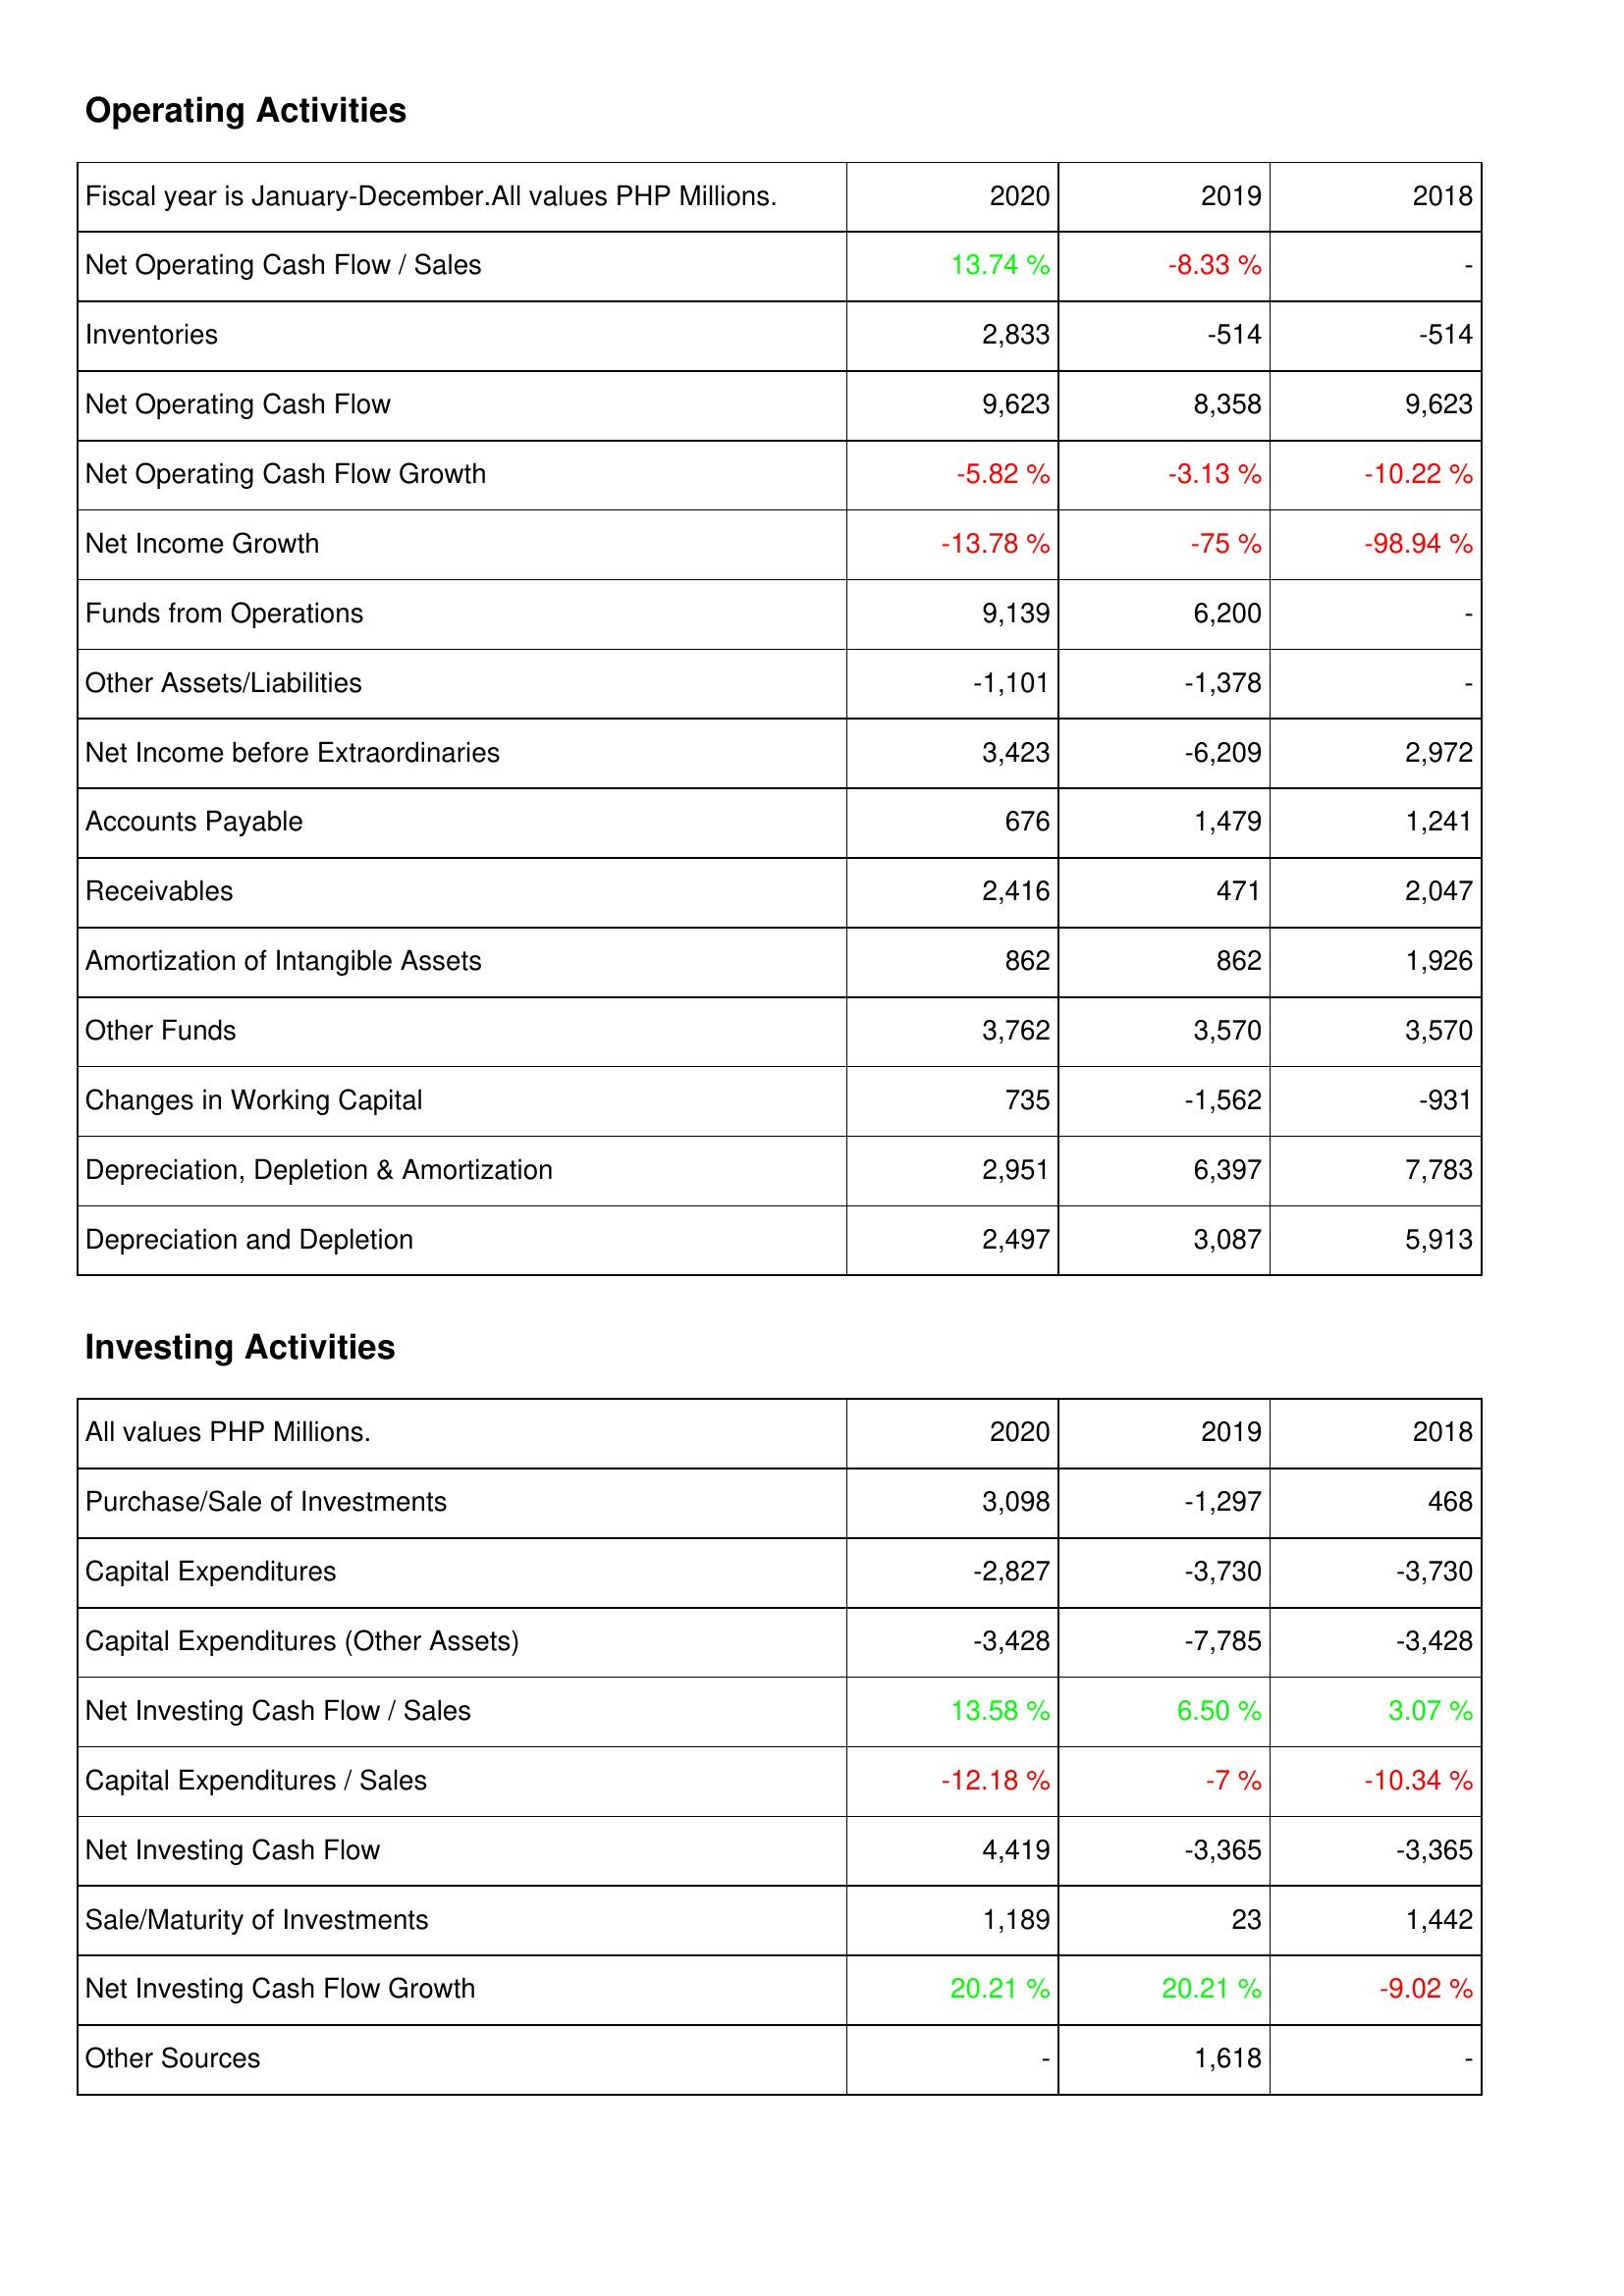
2020: Operating Activities: Net Operating Cash Flow / Sales: 13.74 %
Inventories: 2,833
Net Operating Cash Flow: 9,623
Net Operating Cash Flow Growth: -5.82 %
Net Income Growth: -13.78 %
Funds from Operations: 9,139
Other Assets/Liabilities: -1,101
Net Income before Extraordinaries: 3,423
Accounts Payable: 676
Receivables: 2,416
Amortization of Intangible Assets: 862
Other Funds: 3,762
Changes in Working Capital: 735
Depreciation, Depletion & Amortization: 2,951
Depreciation and Depletion: 2,497
Investing Activities: Purchase/Sale of Investments: 3,098
Capital Expenditures: -2,827
Capital Expenditures (Other Assets): -3,428
Net Investing Cash Flow / Sales: 13.58 %
Capital Expenditures / Sales: -12.18 %
Net Investing Cash Flow: 4,419
Sale/Maturity of Investments: 1,189
Net Investing Cash Flow Growth: 20.21 %
Other Sources: -
2019: Operating Activities: Net Operating Cash Flow / Sales: -8.33 %
Inventories: -514
Net Operating Cash Flow: 8,358
Net Operating Cash Flow Growth: -3.13 %
Net Income Growth: -75 %
Funds from Operations: 6,200
Other Assets/Liabilities: -1,378
Net Income before Extraordinaries: -6,209
Accounts Payable: 1,479
Receivables: 471
Amortization of Intangible Assets: 862
Other Funds: 3,570
Changes in Working Capital: -1,562
Depreciation, Depletion & Amortization: 6,397
Depreciation and Depletion: 3,087
Investing Activities: Purchase/Sale of Investments: -1,297
Capital Expenditures: -3,730
Capital Expenditures (Other Assets): -7,785
Net Investing Cash Flow / Sales: 6.50 %
Capital Expenditures / Sales: -7 %
Net Investing Cash Flow: -3,365
Sale/Maturity of Investments: 23
Net Investing Cash Flow Growth: 20.21 %
Other Sources: 1,618
2018: Operating Activities: Net Operating Cash Flow / Sales: -
Inventories: -514
Net Operating Cash Flow: 9,623
Net Operating Cash Flow Growth: -10.22 %
Net Income Growth: -98.94 %
Funds from Operations: -
Other Assets/Liabilities: -
Net Income before Extraordinaries: 2,972
Accounts Payable: 1,241
Receivables: 2,047
Amortization of Intangible Assets: 1,926
Other Funds: 3,570
Changes in Working Capital: -931
Depreciation, Depletion & Amortization: 7,783
Depreciation and Depletion: 5,913
Investing Activities: Purchase/Sale of Investments: 468
Capital Expenditures: -3,730
Capital Expenditures (Other Assets): -3,428
Net Investing Cash Flow / Sales: 3.07 %
Capital Expenditures / Sales: -10.34 %
Net Investing Cash Flow: -3,365
Sale/Maturity of Investments: 1,442
Net Investing Cash Flow Growth: -9.02 %
Other Sources: -